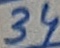
Text: 34